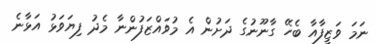
ނަމަ ވަޒީފާއާ ބެހޭ ގާނޫނުގެ ދަށުން އެ މުވައްޒަފުންނާ މެދު ފިޔަވަޅު އަޅާނެ